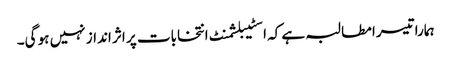
ہمارا تیسرا مطالبہ ہے کہ اسٹیبلشمنٹ انتخابات پر اثر انداز نہیں ہو گی۔